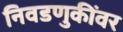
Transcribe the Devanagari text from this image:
निवडणुकींवर